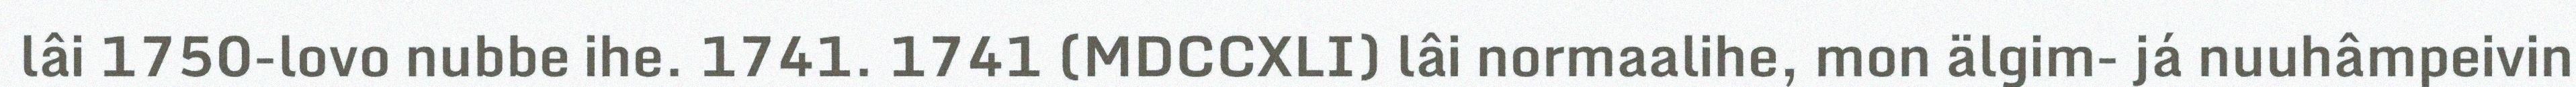
lâi 1750-lovo nubbe ihe. 1741. 1741 (MDCCXLI) lâi normaalihe, mon älgim- já nuuhâmpeivin